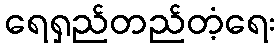
ရေရှည်တည်တံ့ရေး